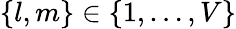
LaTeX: \left\{ l,m\right\} \in\left\{ 1,\ldots,V\right\}